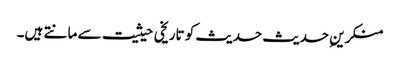
منکرینِ حدیث حدیث کو تاریخی حیثیت سے مانتے ہیں۔